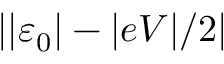
\left\vert \left\vert \varepsilon _ { 0 } \right\vert - \vert e V \vert / 2 \right\vert